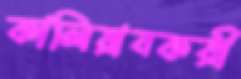
কালিয়াবকরী